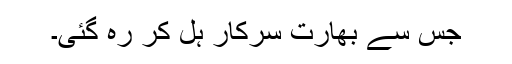
جس سے بھارت سرکار ہل کر رہ گئی۔